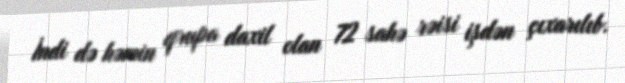
İndi də həmin qrupa daxil olan 72 sahə rəisi işdən çıxarılıb.